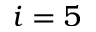
i = 5